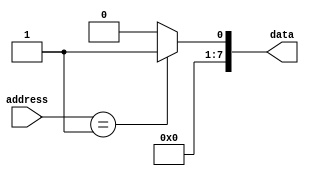
module rom
(
    input  wire [7:0] address,
    output reg  [7:0] data
);

always @(*)
begin
    case(address)
        8'h00: data = 8'b00000000; // specify the fixed pattern for each memory block
        8'h01: data = 8'b00000001;
        // add more memory block patterns as needed
        default: data = 8'b00000000; // default data value
    endcase
end

endmodule